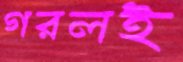
গরলই